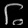
Digit: ၆